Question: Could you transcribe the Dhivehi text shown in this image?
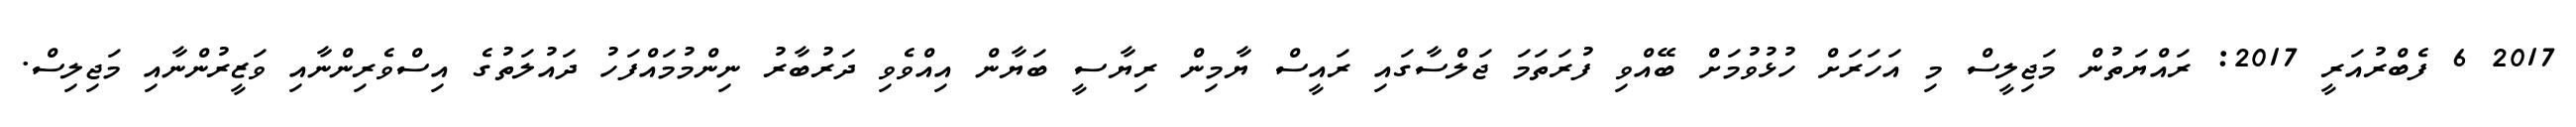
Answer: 2017 6 ފެބްރުއަރީ 2017: ރައްޔަތުން މަޖިލީސް މި އަހަރަށް ހުޅުވުމަށް ބޭއްވި ފުރަތަމަ ޖަލްސާގައި ރައީސް ޔާމިން ރިޔާސީ ބަޔާން އިއްވެވި ދަރުބާރު ނިންމުމައްފަހު ދައުލަތުގެ އިސްވެރިންނާއި ވަޒީރުންނާއި މަޖިލިސް.